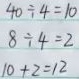
\begin{align*}
40\div4&=10\\
8\div4&=2\\
10 + 2&=12
\end{align*}